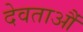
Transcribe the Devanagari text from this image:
देवताऔं